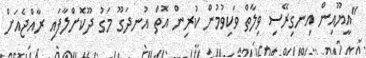
"އީޔޫއިން އިނގިރޭސި ވިލާތް ވަކިވުމުން ކުރިން އޮތް އުނދަގޫ މަގު ދޫކޮށްލާފައި ރާއްޖެއަށް